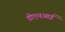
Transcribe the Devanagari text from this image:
डीएनआई